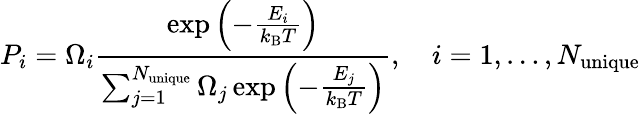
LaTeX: P_{i}=\Omega_{i}\frac{\exp{\left(-\frac{E_{i}}{k_{\mathrm{B}}T}\right)}}{\sum_{j=1}^{N_{\mathrm{unique}}}\Omega_{j}\exp{\left(-\frac{E_{j}}{k_{\mathrm{B}}T}\right)}},\quad i=1,\ldots,N_{\mathrm{unique}}